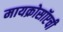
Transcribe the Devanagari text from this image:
मायक्रोसॉप्टची